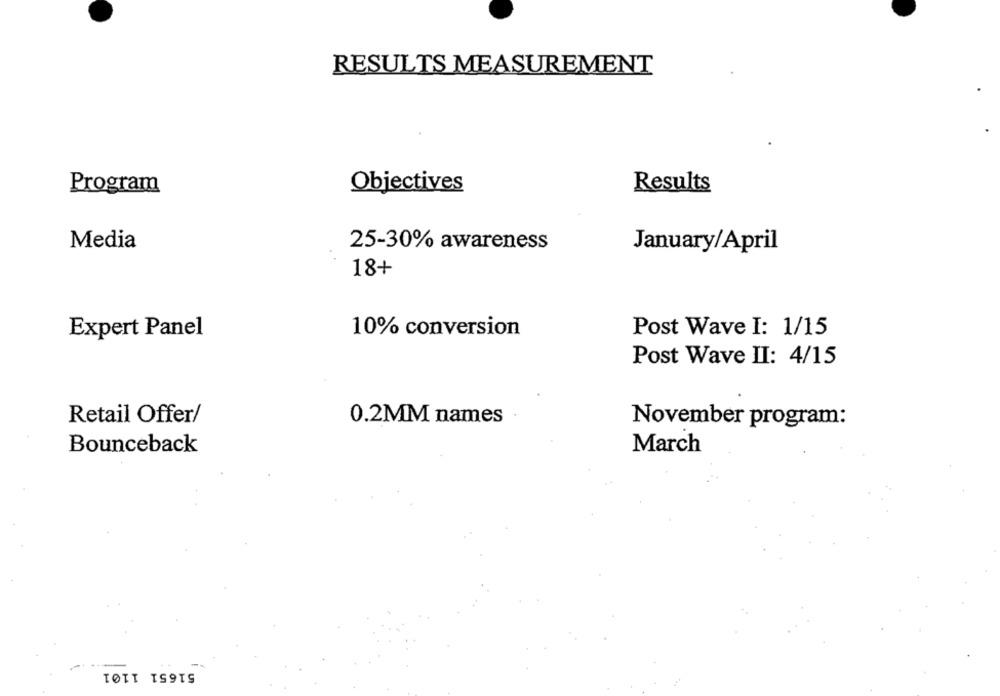
RESULTS MEASUREMENT
Program
Objectives
Results
Media
25-30% awareness
January/April
18+
Expert Panel
10% conversion
Post Wave I: 1/15
Post Wave II: 4/15
Retail Offer/
0.2MM names
November program:
Bounceback
March
51651 1101